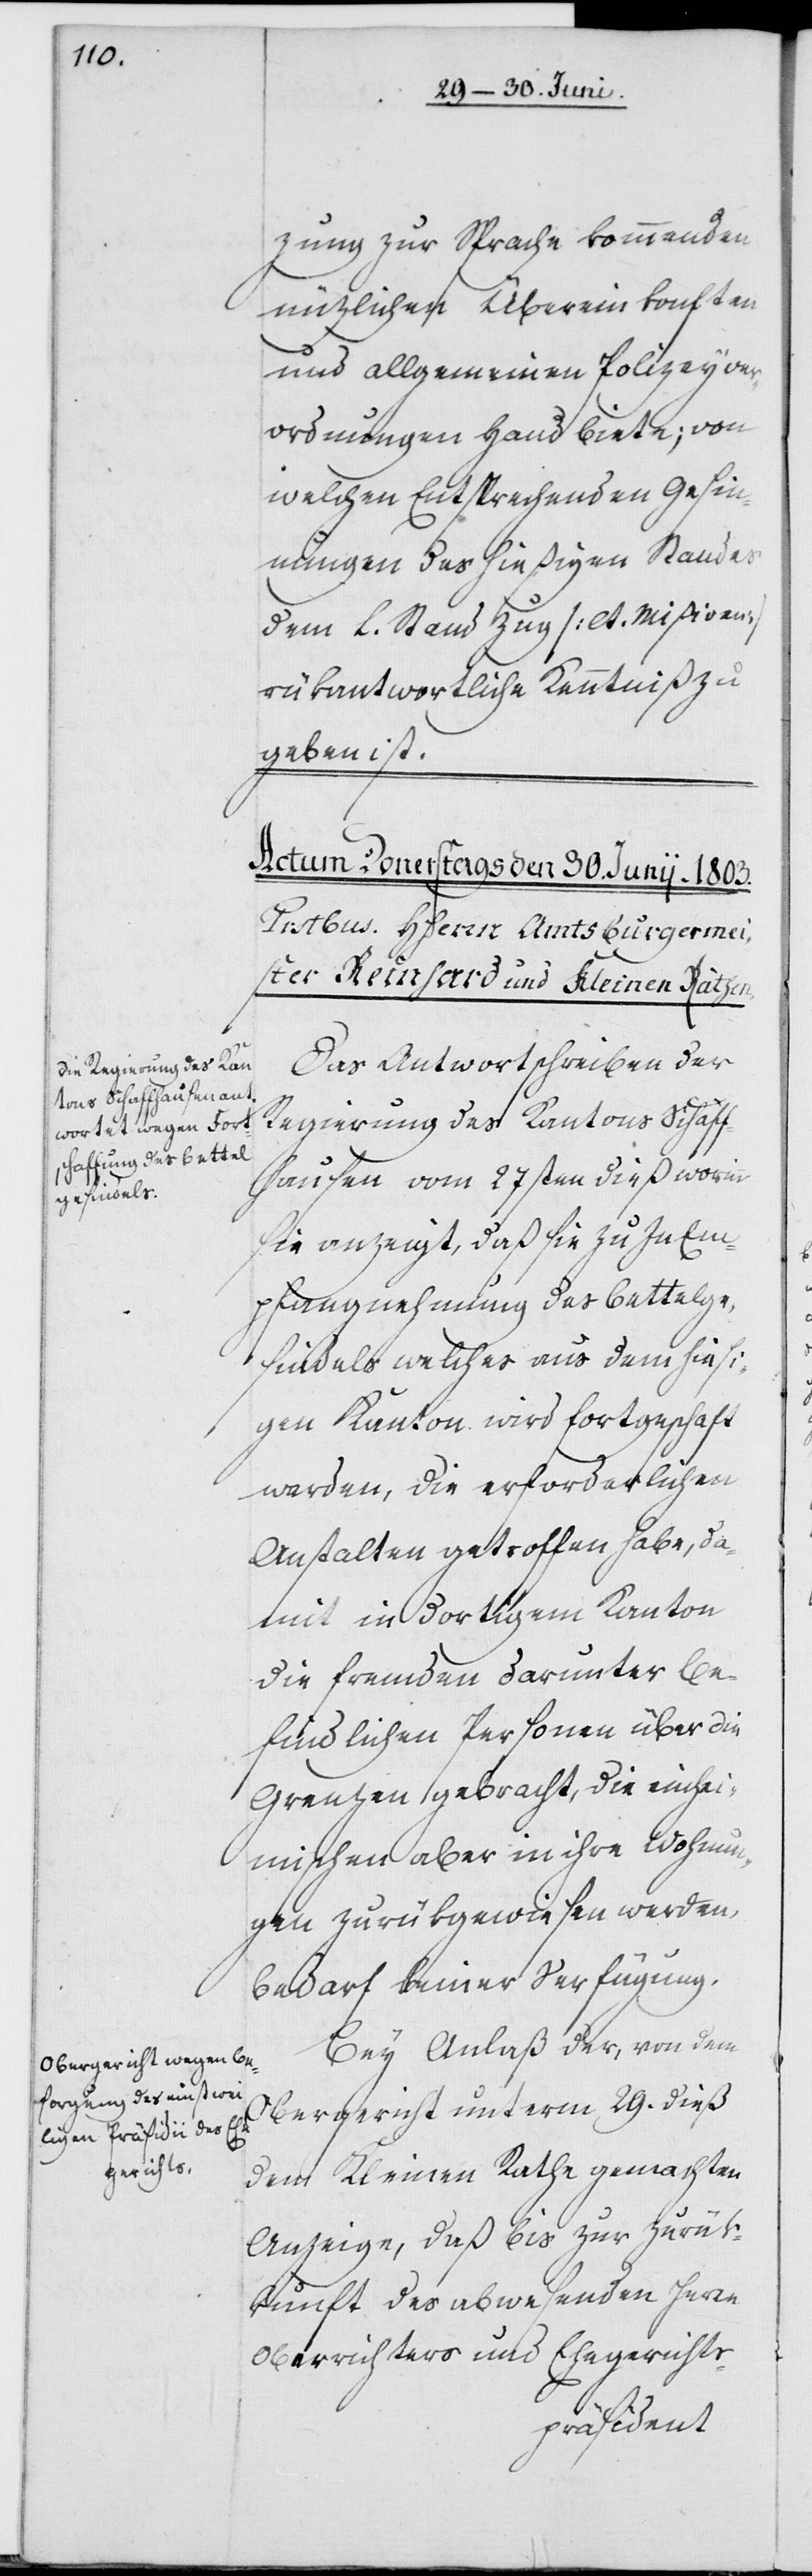
zung zur Sprache kommenden
nüzlichen Übereinkonften
und allgemeinen Polizeyver¬
ordnungen Hand biete; von
welchen Entsprechenden Gesin¬
nungen des hießigen Standes
dem L. Stand Zug [lt. Mißiven]
rükantwortliche Kenntniß zu
geben ist.
Das Antwortschreiben der
Regierung des Kantons Schaff¬
hausen vom 27sten dieß worinn
sie anzeigt, daß sie zu Inem¬
pfangnehmung des Bettelge¬
sindels welches aus dem hiesi¬
gen Kanton wird fortgeschaft
werden, die erforderlichen
Anstalten getroffen habe, da¬
mit in dortigem Kanton
die fremden darunter be¬
findlichen Personen über die
Grenzen gebracht, die einhei¬
mischen aber in ihre Wohnun¬
gen zurükgewiesen werden,
bedarf keiner Verfügung.
Bey Anlaß der, von dem
Obergericht unterm 29. dieß
dem Kleinen Rathe gemachten
Anzeige, daß bis zur Zurük¬
kunft des abwesenden Herrn
Oberrichters und Ehegerichts-